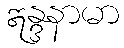
ဣန္ဒနာမာ